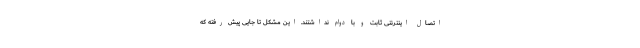
اتصال اینترنتی ثابت و با دوام نداشتند. این مشکل تا جایی پیش رفته که